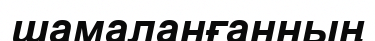
шамаланғанның